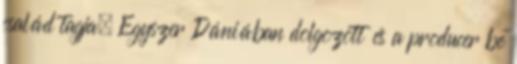
család tagja. Egyszer Dániában dolgozott és a producer be